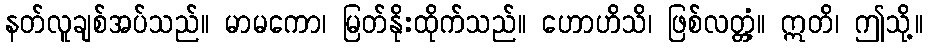
နတ်လူချစ်အပ်သည်။ မာမကော၊ မြတ်နိုးထိုက်သည်။ ဟောဟိသိ၊ ဖြစ်လတ္တံ့။ ဣတိ၊ ဤသို့။